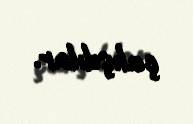
çalışdılar.